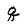
Character: q